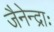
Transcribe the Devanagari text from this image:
जैनेन्द्राः